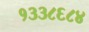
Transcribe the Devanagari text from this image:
१३३८६८४